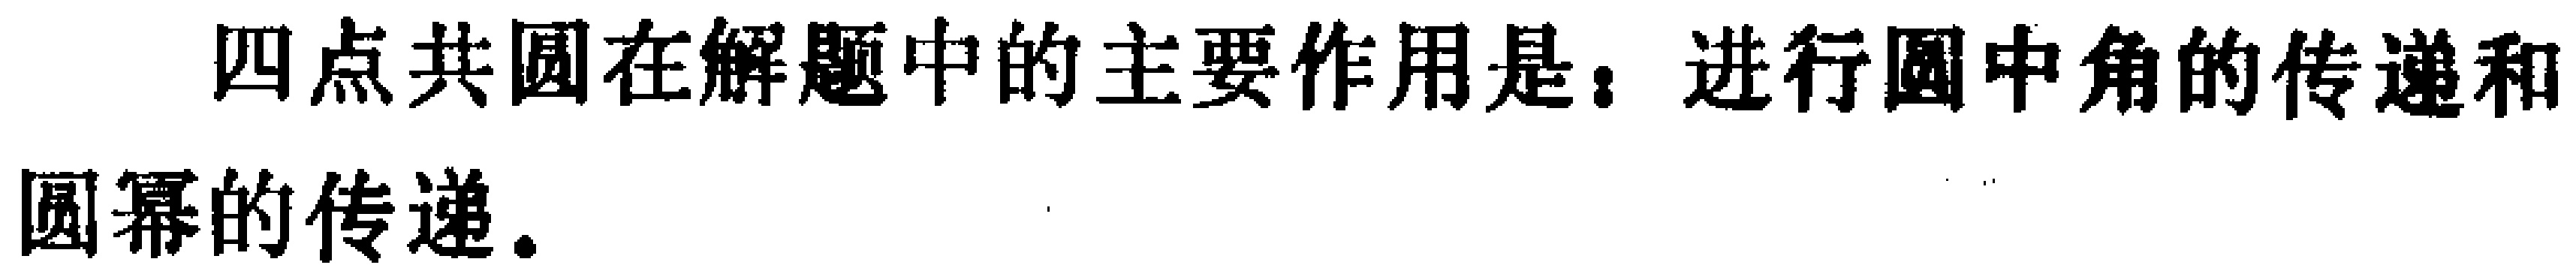
四点共圆在解题中的主要作用是：进行圆中角的传递和圆幂的传递。